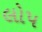
લોપ